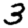
Digit: 3